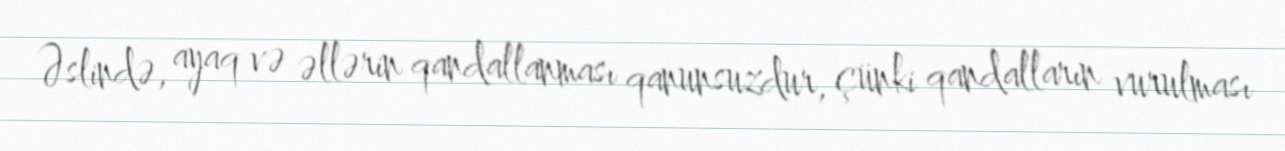
Əslində, ayaq və əllərin qandallanması qanunsuzdur, çünki qandalların vurulması